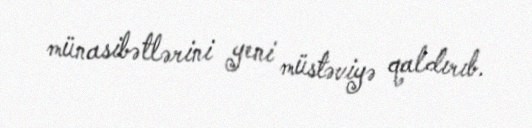
münasibətlərini yeni müstəviyə qaldırıb.